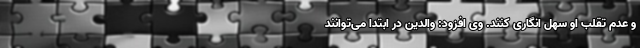
و عدم تقلب او سهل انگاری کنند. وی افزود: والدین در ابتدا می‌توانند